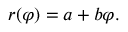
r ( \varphi ) = a + b \varphi .